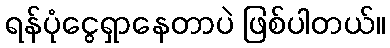
ရန်ပုံငွေရှာနေတာပဲ ဖြစ်ပါတယ်။